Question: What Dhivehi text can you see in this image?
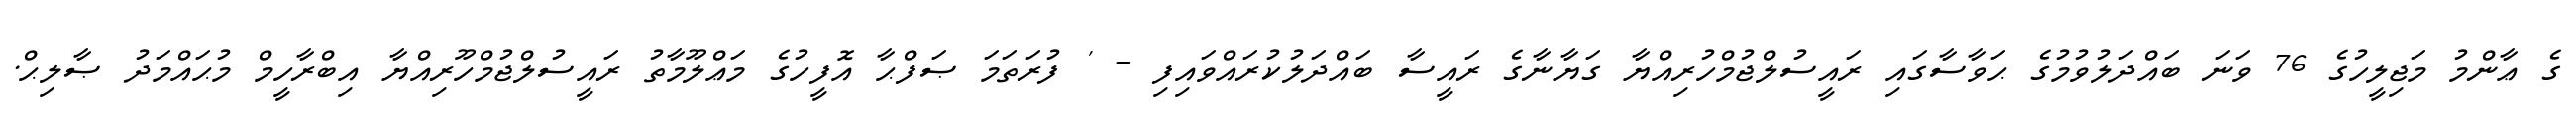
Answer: ގެ ޢާންމު މަޖިލީހުގެ 76 ވަނަ ބައްދަލުވުމުގެ ޙަވާސާގައި ރައީސުލްޖުމްހުރިއްޔާ ގަޔާނާގެ ރައީސާ ބައްދަލުކުރައްވައިފި - ' ފުރަތަމަ ޞަފްޙާ އޮފީހުގެ މަޢްލޫމާތު ރައީސުލްޖުމްހޫރިއްޔާ އިބްރާހީމް މުޙައްމަދު ޞާލިޙް.